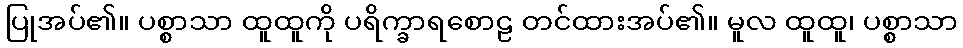
ပြုအပ်၏။ ပစ္စာသာ ထူထူကို ပရိက္ခာရစောဠ တင်ထားအပ်၏။ မူလ ထူထူ၊ ပစ္စာသာ